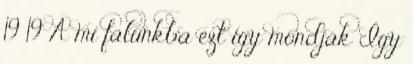
19 19 A mi falunkba ezt így mondják Így